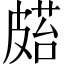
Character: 𥀌